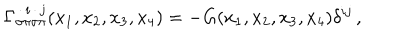
\Gamma _ { \sigma \pi \sigma \pi } ^ { \, \cdot \, i \, \cdot \, j } ( x _ { 1 } , x _ { 2 } , x _ { 3 } , x _ { 4 } ) = - G ( x _ { 1 } , x _ { 2 } , x _ { 3 } , x _ { 4 } ) \delta ^ { i j } \, ,